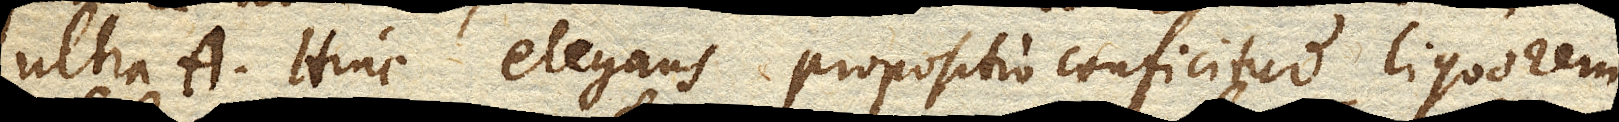
ultra a. Hinc elegans propositio conficitur liquorem